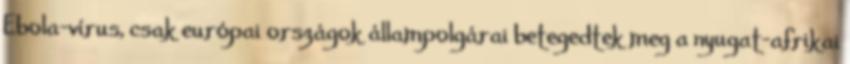
Ebola-vírus, csak európai országok állampolgárai betegedtek meg a nyugat-afrikai